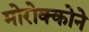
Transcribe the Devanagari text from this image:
मोरोक्कोने